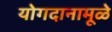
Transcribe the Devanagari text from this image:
योगदानामूळे